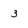
Character: 3